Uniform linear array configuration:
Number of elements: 16
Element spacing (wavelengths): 0.75
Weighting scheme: uniform
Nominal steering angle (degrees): -15
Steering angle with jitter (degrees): -15.214
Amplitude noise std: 0.05
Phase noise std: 0.05

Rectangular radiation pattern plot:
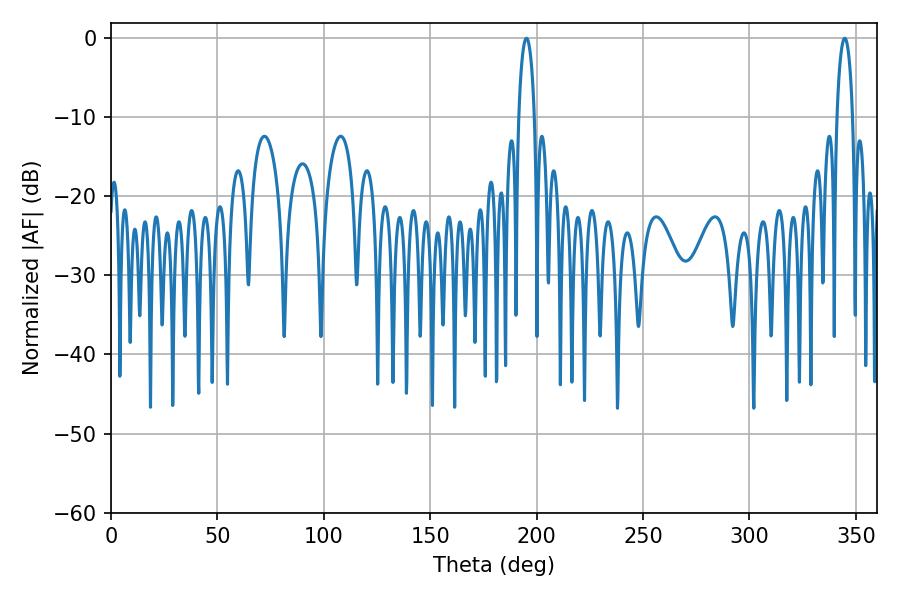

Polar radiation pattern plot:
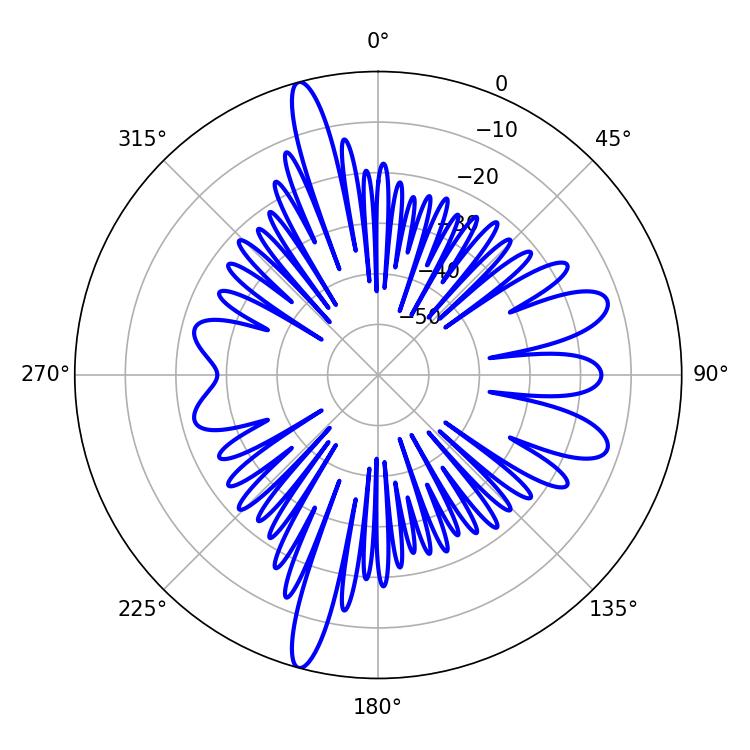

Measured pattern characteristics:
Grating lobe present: TRUE
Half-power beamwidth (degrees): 4.14
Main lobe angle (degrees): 344.7